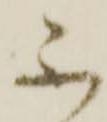
不